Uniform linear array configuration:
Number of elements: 24
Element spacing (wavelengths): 0.5
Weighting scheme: hamming
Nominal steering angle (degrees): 45
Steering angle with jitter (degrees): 44.259
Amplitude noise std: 0.05
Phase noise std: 0.05

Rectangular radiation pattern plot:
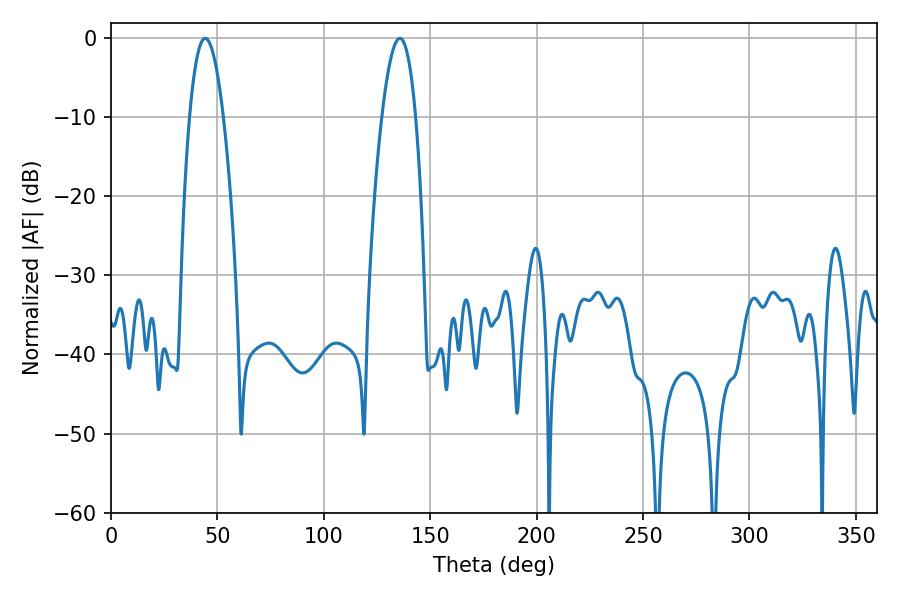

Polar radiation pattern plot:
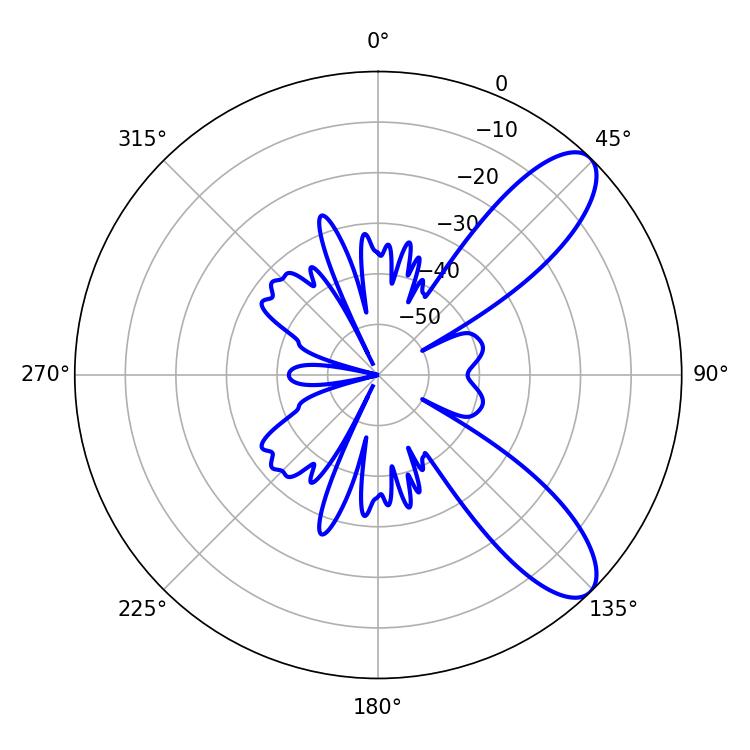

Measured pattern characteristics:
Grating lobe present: FALSE
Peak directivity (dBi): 9.401
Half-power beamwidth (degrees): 8.64
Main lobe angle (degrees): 44.28